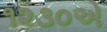
૧૨૩૦એ